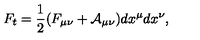
F _ { t } = \frac { 1 } { 2 } ( F _ { \mu \nu } + { \cal A } _ { \mu \nu } ) d x ^ { \mu } d x ^ { \nu } ,